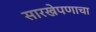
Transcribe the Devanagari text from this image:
सारखेपणाचा